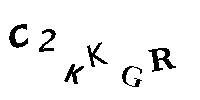
C2KKGR